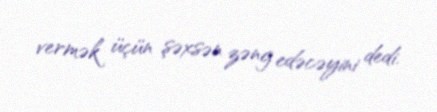
vermək üçün şəxsən zəng edəcəyini dedi.